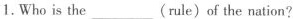
1.Who is the___(rule)of the nation?